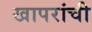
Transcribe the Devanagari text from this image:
खापरांची